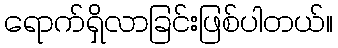
ရောက်ရှိလာခြင်းဖြစ်ပါတယ်။